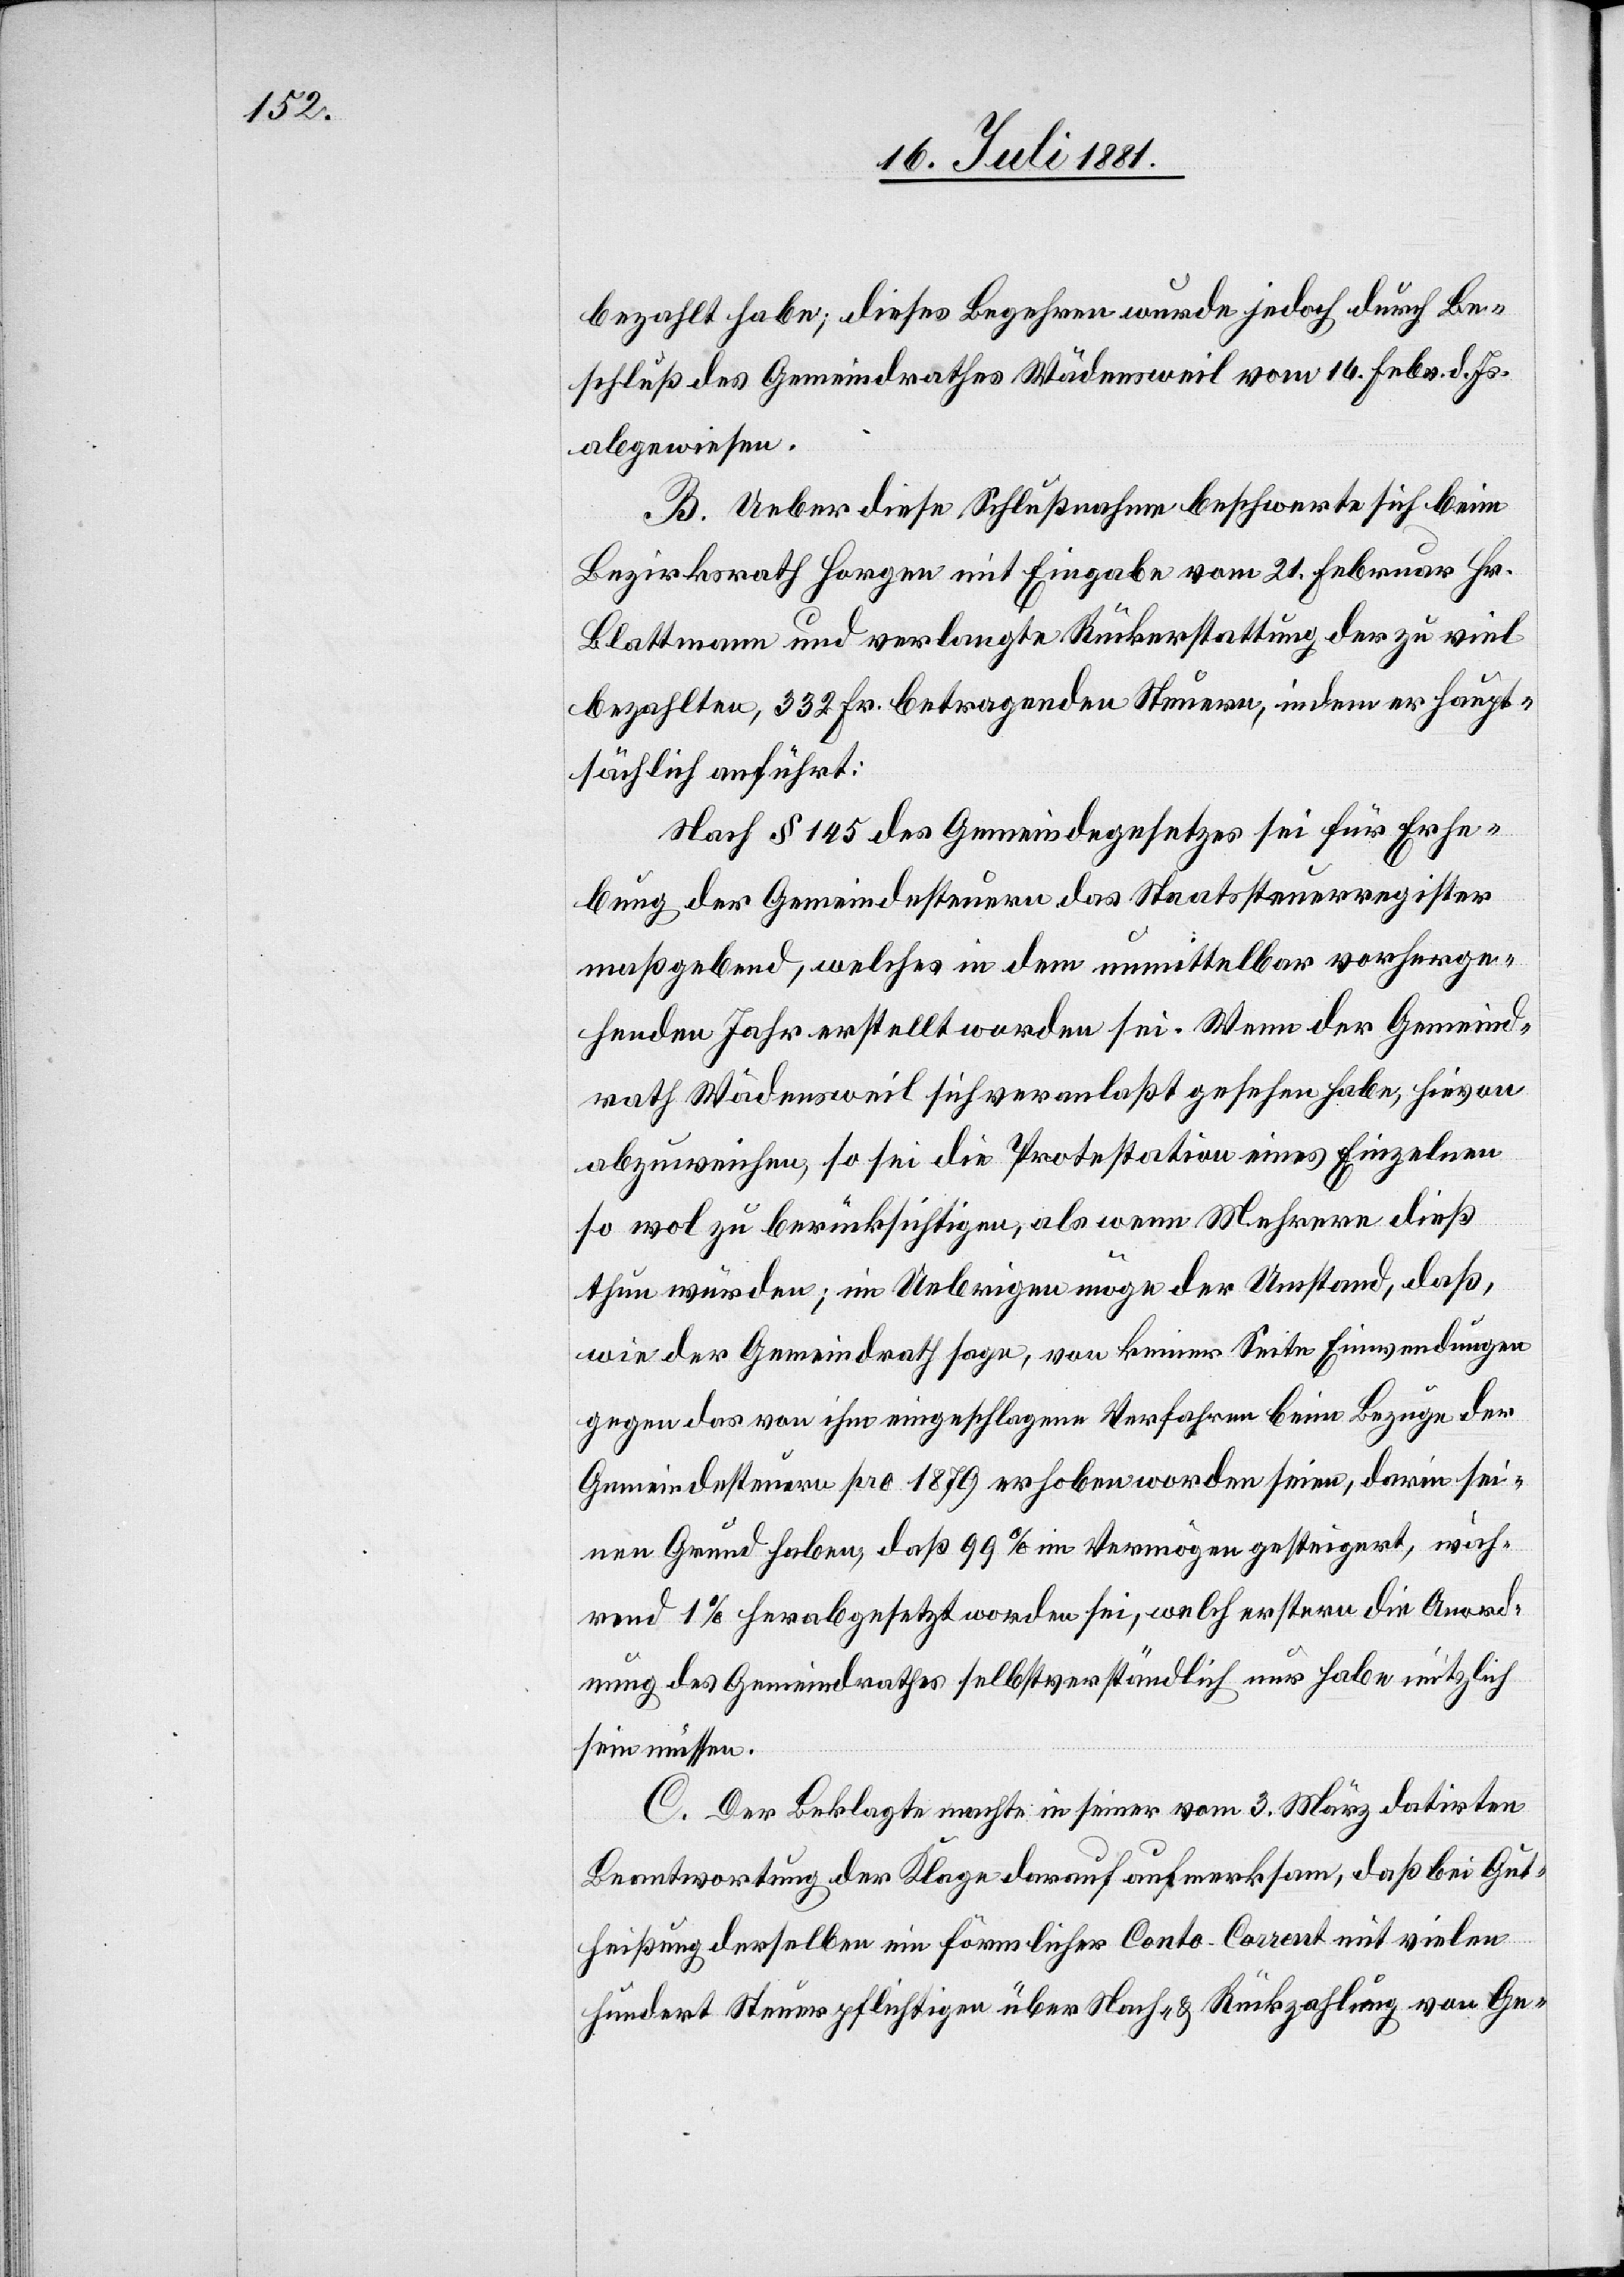
bezahlt habe; dieses Begehren wurde jedoch durch Be¬
schluß des Gemeindrathes Wädensweil vom 14. Febr. d. Js.
abgewiesen.
B. Ueber diese Schlußnahme beschwerte sich beim
Bezirksrath Horgen mit Eingabe vom 21. Februar Hr.
Blattmann und verlangte Rückerstattung der zu viel
bezahlten, 332 Fr. betragenden Steuern, indem er haupt¬
sächlich anführt:
Nach § 145 des Gemeindegesetzes sei für Erhe¬
bung der Gemeindesteuern das Staatssteuerregister
maßgebend, welches in dem unmittelbar vorherge¬
henden Jahr erstellt worden sei. Wenn der Gemeind¬
rath Wädensweil sich veranlaßt gesehen habe, hievon
abzuweichen, so ist die Protestation eines Einzelnen
so wol zu berücksichtigen, als wenn Mehrere dieß
thun würden; im Uebrigen möge der Umstand, daß,
wie der Gemeindrath sage, von keiner Seite Einwendungen
gegen das von ihm eingeschlagene Verfahren beim Bezuge der
Gemeindesteuern pro 1879 erhoben worden seien, darin sei¬
nen Grund haben, daß 99% im Vermögen gesteigert, wäh¬
rend 1% herabgesetzt worden sei, welch erstern die Anord¬
nung des Gemeindrathes selbstverständlich nur habe nützlich
sein müssen.
C. Der Beklagte machte in seiner vom 3. März datirten
Beantwortung der Klage darauf aufmerksam, daß bei Gut¬
heißung derselben ein förmlicher Conto-Corrent mit vielen
hundert Steuerpflichtigen über Nach- & Rückzahlung von Ge-